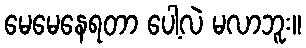
မေမေနေရတာ ပေါ့လဲ မလာဘူး။